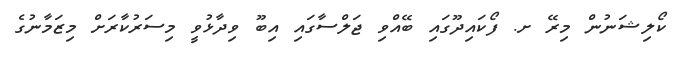
ކޯލިޝަނުން މިރޭ ށ. ފޯކައިދޫގައި ބޭއްވި ޖަލްސާގައި އިބޫ ވިދާޅުވީ މިސަރުކާރަށް މިޒަމާނުގެ